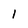
Character: 1